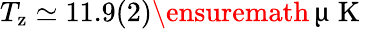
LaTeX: T_{\mathrm{z}}\simeq 11.9(2)\ensuremath{\, \upmu\mathrm{~K~}}